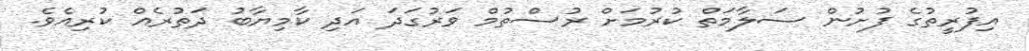
އިފުރީތުގެ ފުށުން ސަލާމަތް ކުރުމަށް ރުސްތުމް ވަރުގަދަ އަދި ކާމިޔާބު ދަތުރެއް ކުރިއެވެ.